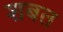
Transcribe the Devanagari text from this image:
शबत